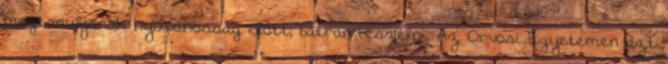
megtanuljanak nyilvánosság előtt, bátran beszélni. Az Orvosi Egyetemen azt